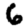
Digit: 6